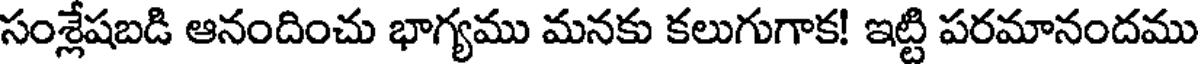
సంశ్లేషబడి ఆనందించు భాగ్యము మనకు కలుగుగాక! ఇట్టి పరమానందము